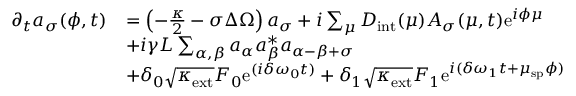
\begin{array} { r l } { \partial _ { t } a _ { \sigma } ( \phi , t ) } & { = \left( - \frac { \kappa } { 2 } - \sigma \Delta \Omega \right) a _ { \sigma } + i \sum _ { \mu } D _ { \mathrm { i n t } } ( \mu ) A _ { \sigma } ( \mu , t ) \mathrm { e } ^ { i \phi \mu } } \\ & { + i \gamma L \sum _ { \alpha , \beta } a _ { \alpha } a _ { \beta } ^ { * } a _ { \alpha - \beta + \sigma } } \\ & { + \delta _ { 0 } \sqrt { \kappa _ { \mathrm { e x t } } } F _ { 0 } \mathrm { e } ^ { ( i \delta \omega _ { 0 } t ) } + \delta _ { 1 } \sqrt { \kappa _ { \mathrm { e x t } } } F _ { 1 } \mathrm { e } ^ { i ( \delta \omega _ { 1 } t + \mu _ { \mathrm { s p } } \phi ) } } \end{array}